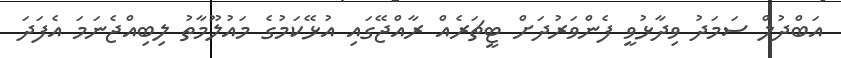
އަބްދުލް ސަމަދު ވިދާޅުވީ ފެންވަރުދަށް ޓީޗަރެއް ރާއްޖޭގައި އުޅޭކަމުގެ މައުލޫމާތު ލިބިއްޖެނަމަ އެފަދަ